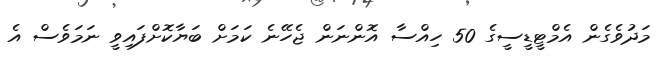
މަދުވެގެން އެމްޓީޑީސީގެ 50 ހިއްސާ އޮންނަން ޖެހޭނެ ކަމަށް ބަޔާކޮށްފައިވީ ނަމަވެސް އެ